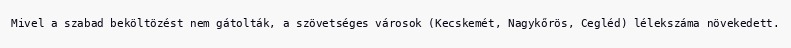
Mivel a szabad beköltözést nem gátolták, a szövetséges városok (Kecskemét, Nagykőrös, Cegléd) lélekszáma növekedett.